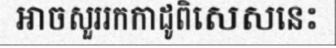
អាចសួររកកាដូពិសេសនេះ